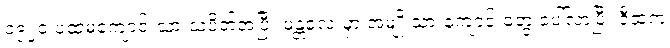
၁၉၂၀ ပထမကျောင်းသားသပိတ်အပြီး မန္တလေးမှာ အမျိုးသားကျောင်းတွေ ပေါ်လာပြီး ဒီထဲက